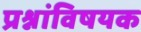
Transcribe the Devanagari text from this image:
प्रश्नांविषयक